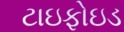
ટાઇફોઇડ